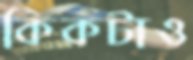
কিকটাও